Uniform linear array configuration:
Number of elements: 32
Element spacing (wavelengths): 0.25
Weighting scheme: hamming
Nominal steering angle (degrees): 30
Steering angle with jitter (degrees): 28.444
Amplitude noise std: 0.05
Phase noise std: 0.05

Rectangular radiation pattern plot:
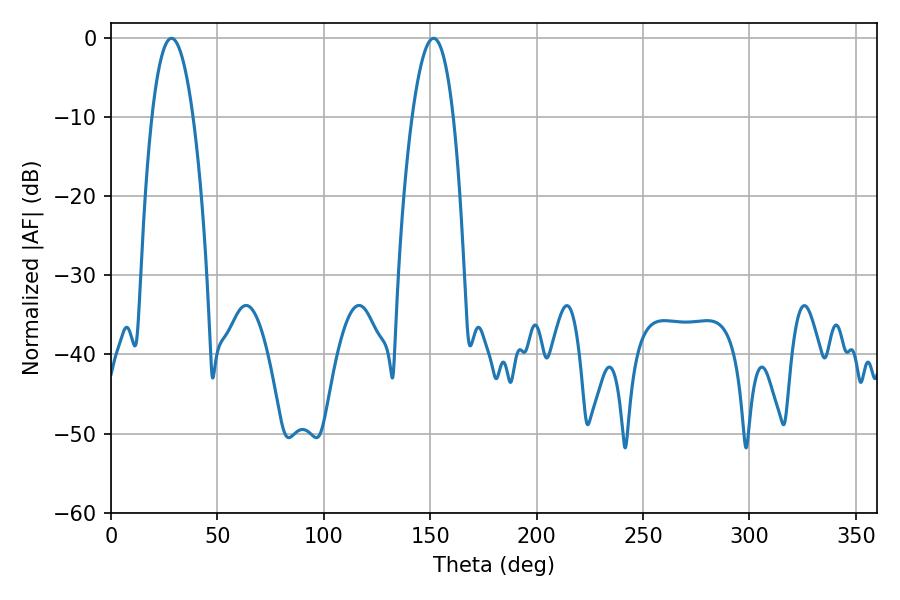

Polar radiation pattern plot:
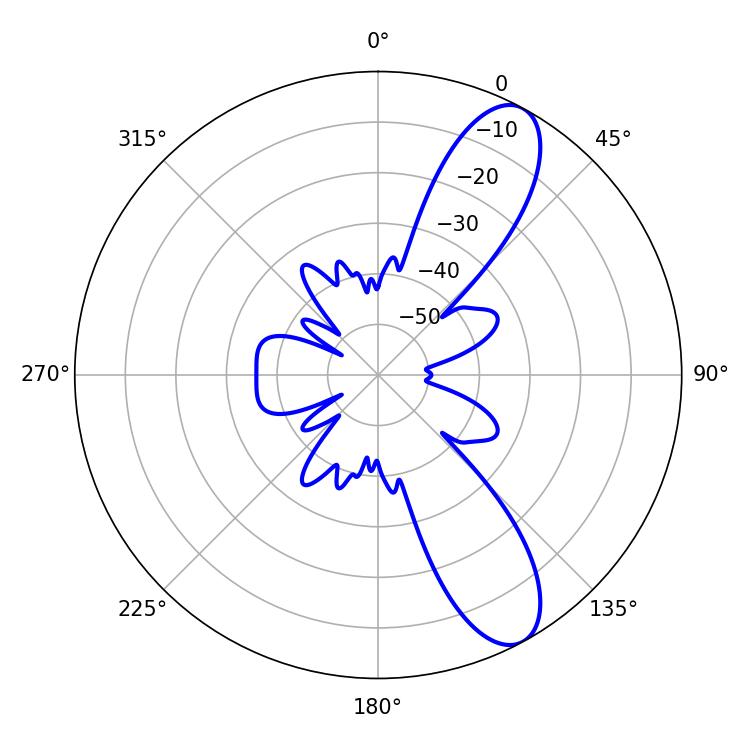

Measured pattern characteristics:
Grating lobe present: FALSE
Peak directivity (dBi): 10.194
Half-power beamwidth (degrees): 10.62
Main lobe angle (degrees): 28.44